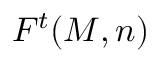
{ \cal { F } } ^ { t } ( M , n )